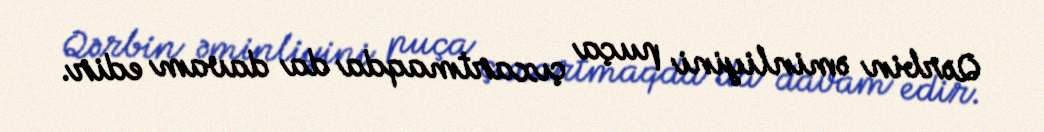
Qərbin əminliyini puça çıxartmaqda da davam edir.